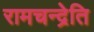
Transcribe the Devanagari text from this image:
रामचन्द्रेति